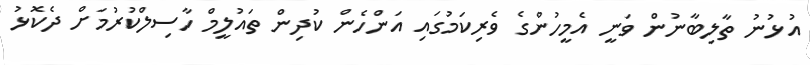
އުޅުނު ތާލިބާނުން ވަނީ އެމީހުންގެ ވެރިކަމުގައި އަންހެން ކުދިން ތައުލީމް ހާސިލްކުރުމަށް ދެކޮޅު